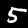
Label: 5